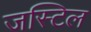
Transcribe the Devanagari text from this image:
जस्टिल